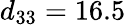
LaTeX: d_{33}=16.5